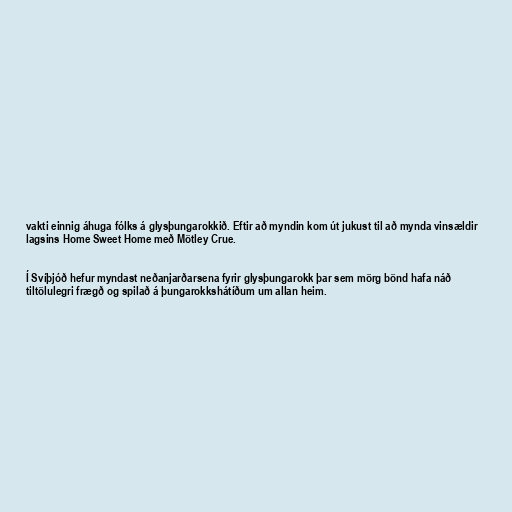
vakti einnig áhuga fólks á glysþungarokkið. Eftir að myndin kom út jukust til að mynda vinsældir
lagsins Home Sweet Home með Mötley Crue.

Í Svíþjóð hefur myndast neðanjarðarsena fyrir glysþungarokk þar sem mörg bönd hafa náð
tiltölulegri frægð og spilað á þungarokkshátíðum um allan heim.